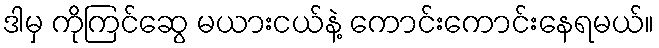
ဒါမှ ကိုကြင်ဆွေ မယားငယ်နဲ့ ကောင်းကောင်းနေရမယ်။